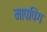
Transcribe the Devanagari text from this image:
मापपिंग